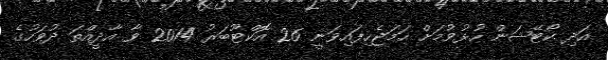
އަދި ކޯޓޭޝަން ހުޅުވުމަށް ހަމަޖެހިފައިވަނީ 26 އޮކްޓޫބަރު 2014 ވާ އާދީއްތަ ދުވަހުގެ